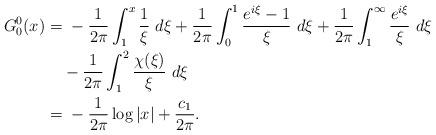
LaTeX: \begin{align*}G_0^0(x) = &~-\frac1{2\pi}\int_1^x \frac1{\xi}~d\xi+ \frac1{2\pi}\int_0^1\frac{e^{i\xi}-1}{\xi}~d\xi+\frac{1}{2\pi}\int_1^{\infty}\frac{e^{i\xi}}{\xi}~d\xi\\&-\frac1{2\pi}\int_1^{2}\frac{\chi(\xi)}{\xi}~d\xi\\=&~-\frac1{2\pi}\log|x|+\frac{c_1}{2\pi}.\end{align*}